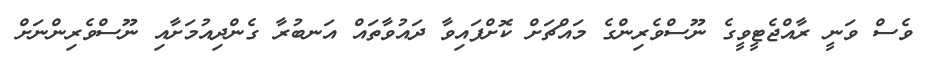
ވެސް ވަނީ ރާއްޖެޓީވީގެ ނޫސްވެރިންގެ މައްޗަށް ކޮށްފައިވާ ދައުވާތައް އަނބުރާ ގެންދިއުމަށާއި ނޫސްވެރިންނަށް